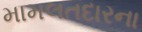
મામલતદારના